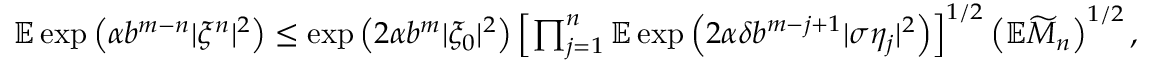
\begin{array} { r } { \mathbb { E } \exp \left( \alpha b ^ { m - n } | \xi ^ { n } | ^ { 2 } \right) \leq \exp \left( 2 \alpha b ^ { m } | \xi _ { 0 } | ^ { 2 } \right) \left[ \prod _ { j = 1 } ^ { n } \mathbb { E } \exp \left( 2 \alpha \delta b ^ { m - j + 1 } | \sigma \eta _ { j } | ^ { 2 } \right) \right] ^ { 1 / 2 } \left( \mathbb { E } \widetilde { M } _ { n } \right) ^ { 1 / 2 } , } \end{array}